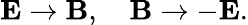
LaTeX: \mathbf{E}\rightarrow\mathbf{B},~~~~\mathbf{B}\rightarrow-\mathbf{E}.